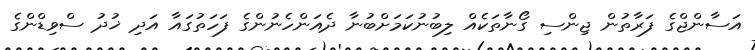
އަަސާންޖްގެ ފަރާތުން ޖިންސި ގޯނާތަކެއް ލިބުނުކަމަށްބުނާ ދެއަންހެނުންގެ ފަހަތުގައާ އަދި ޚުދު ސްވިޑްންގެ